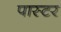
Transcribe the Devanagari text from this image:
पास्‍टर